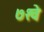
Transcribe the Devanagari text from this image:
७१वे